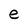
Character: e